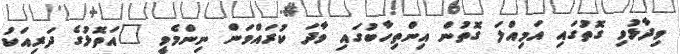
ވިދާޅުވި ގޮތުގައި އަމިއްލަ ގޮތުން އިންތިހާބުގައި ވާދަ ކުރައްވަން ނިންމެވީ "އަތޮޅުގެ ދަރިއަކު